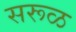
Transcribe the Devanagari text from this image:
सरूळ